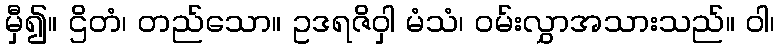
မှီ၍။ ဌိတံ၊ တည်သော။ ဥဒရဇိဝှါ မံသံ၊ ဝမ်းလွှာအသားသည်။ ဝါ၊